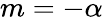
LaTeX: m=-\alpha